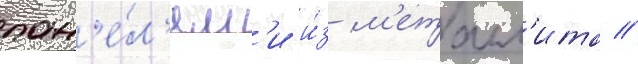
пан'е́л'ям'и и́з м'еталл'ита //